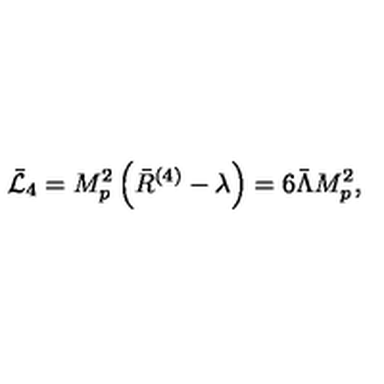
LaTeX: \bar { \cal L } _ { 4 } = M _ { p } ^ { 2 } \left( \bar { R } ^ { ( 4 ) } - \lambda \right) = 6 \bar { \Lambda } M _ { p } ^ { 2 } ,